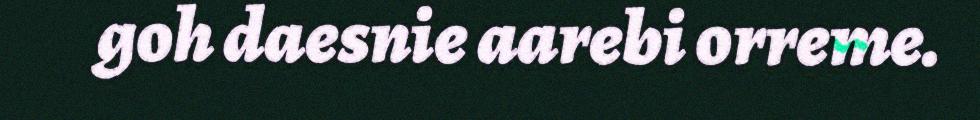
goh daesnie aarebi orreme.